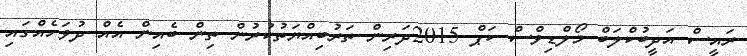
ރައީސް އަދީބުކްލަބް މޯލްޑިވްސް ކަޕް 2015ދަރިން ތަރުބިއްޔަތުކުރުން ތިން ބެއިން އެއް ދުވަހެއްގައި